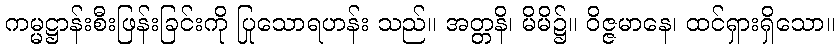
ကမ္မဋ္ဌာန်းစီးဖြန်းခြင်းကို ပြုသောရဟန်း သည်။ အတ္တနိ၊ မိမိ၌။ ဝိဇ္ဇမာနေ၊ ထင်ရှားရှိသော။